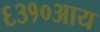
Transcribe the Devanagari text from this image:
६३१०आय